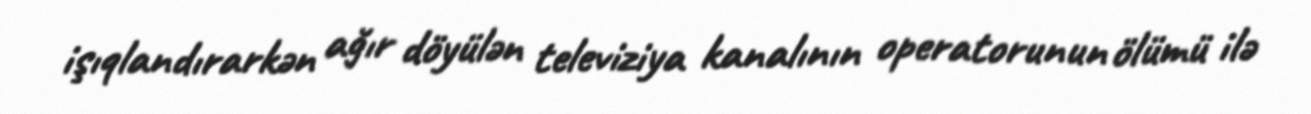
işıqlandırarkən ağır döyülən televiziya kanalının operatorunun ölümü ilə